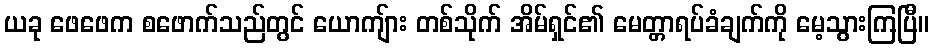
ယခု ဖေဖေက စဖောက်သည်တွင် ယောကျ်ား တစ်သိုက် အိမ်ရှင်၏ မေတ္တာရပ်ခံချက်ကို မေ့သွားကြပြီ။